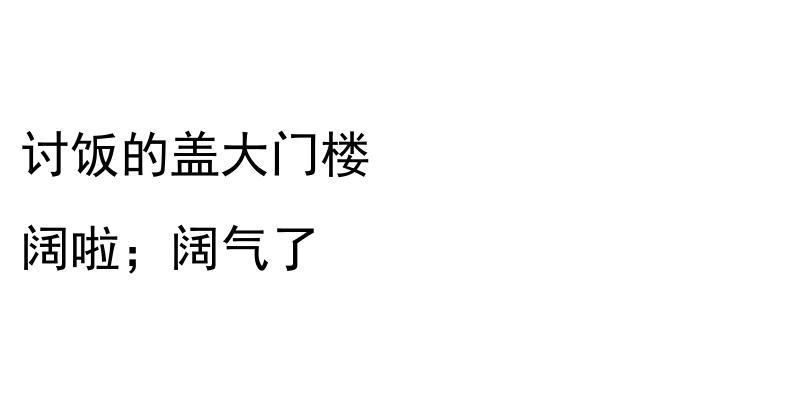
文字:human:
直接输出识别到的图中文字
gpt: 讨饭的盖大门楼 阔啦；阔气了